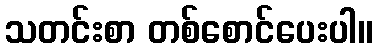
သတင်းစာ တစ်စောင်ပေးပါ။